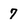
Character: 7